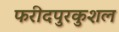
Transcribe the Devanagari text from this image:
फरीदपुरकुशल